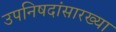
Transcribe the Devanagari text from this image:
उपनिषदांसारख्या